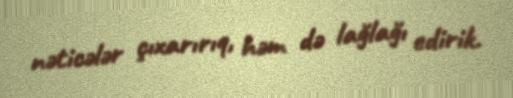
nəticələr çıxarırıq, həm də lağlağı edirik.